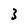
Character: 3